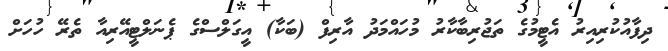
ދިފާއުކުރިއިރު އެޓީމުގެ ތަޖުރިބާކާރު މުހައްމަދު އާރިފް (ބަކާ) އީގަލްސްގެ ޕެނަލްޓީއޭރިއާ ތެރޭ ހުހަށް